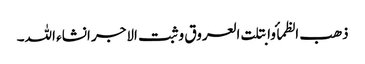
ذھب الظمأ وابتلت العروق وثبت الاجر انشاء اللہ۔